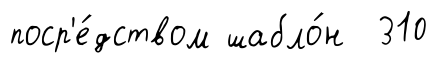
поср'е́дством шабло́н 310